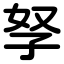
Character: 孥